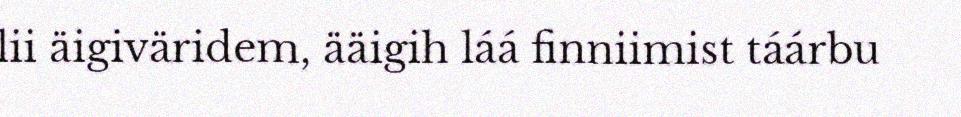
lii äigiväridem, ääigih láá finniimist táárbu